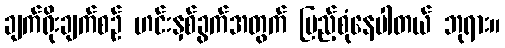
ချက်ရိုးချက်စဉ် ဟင်းနှစ်ခွက်အတွက် ပြည့်စုံနေပါတယ် ဘုရား။